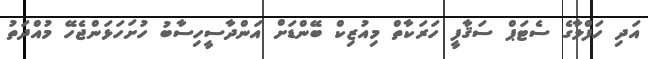
އަދި ހަފްލާގެ ސެޓަޕް ސަޤާފީ ހަރަކާތް މިއުޒިކް ބޭންޑަށް އަންދާސީހިސާބު ހުށަހަޅަންޖެހޭ މުއްދަތު